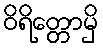
ဝိရိတ္တောမှိ